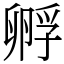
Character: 孵